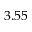
3 . 5 5